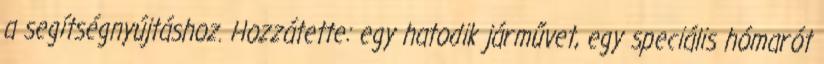
a segítségnyújtáshoz. Hozzátette: egy hatodik járművet, egy speciális hómarót